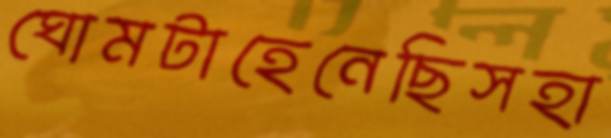
ঘোমটাহেনেছিসহা